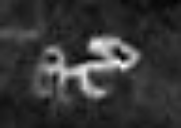
etc